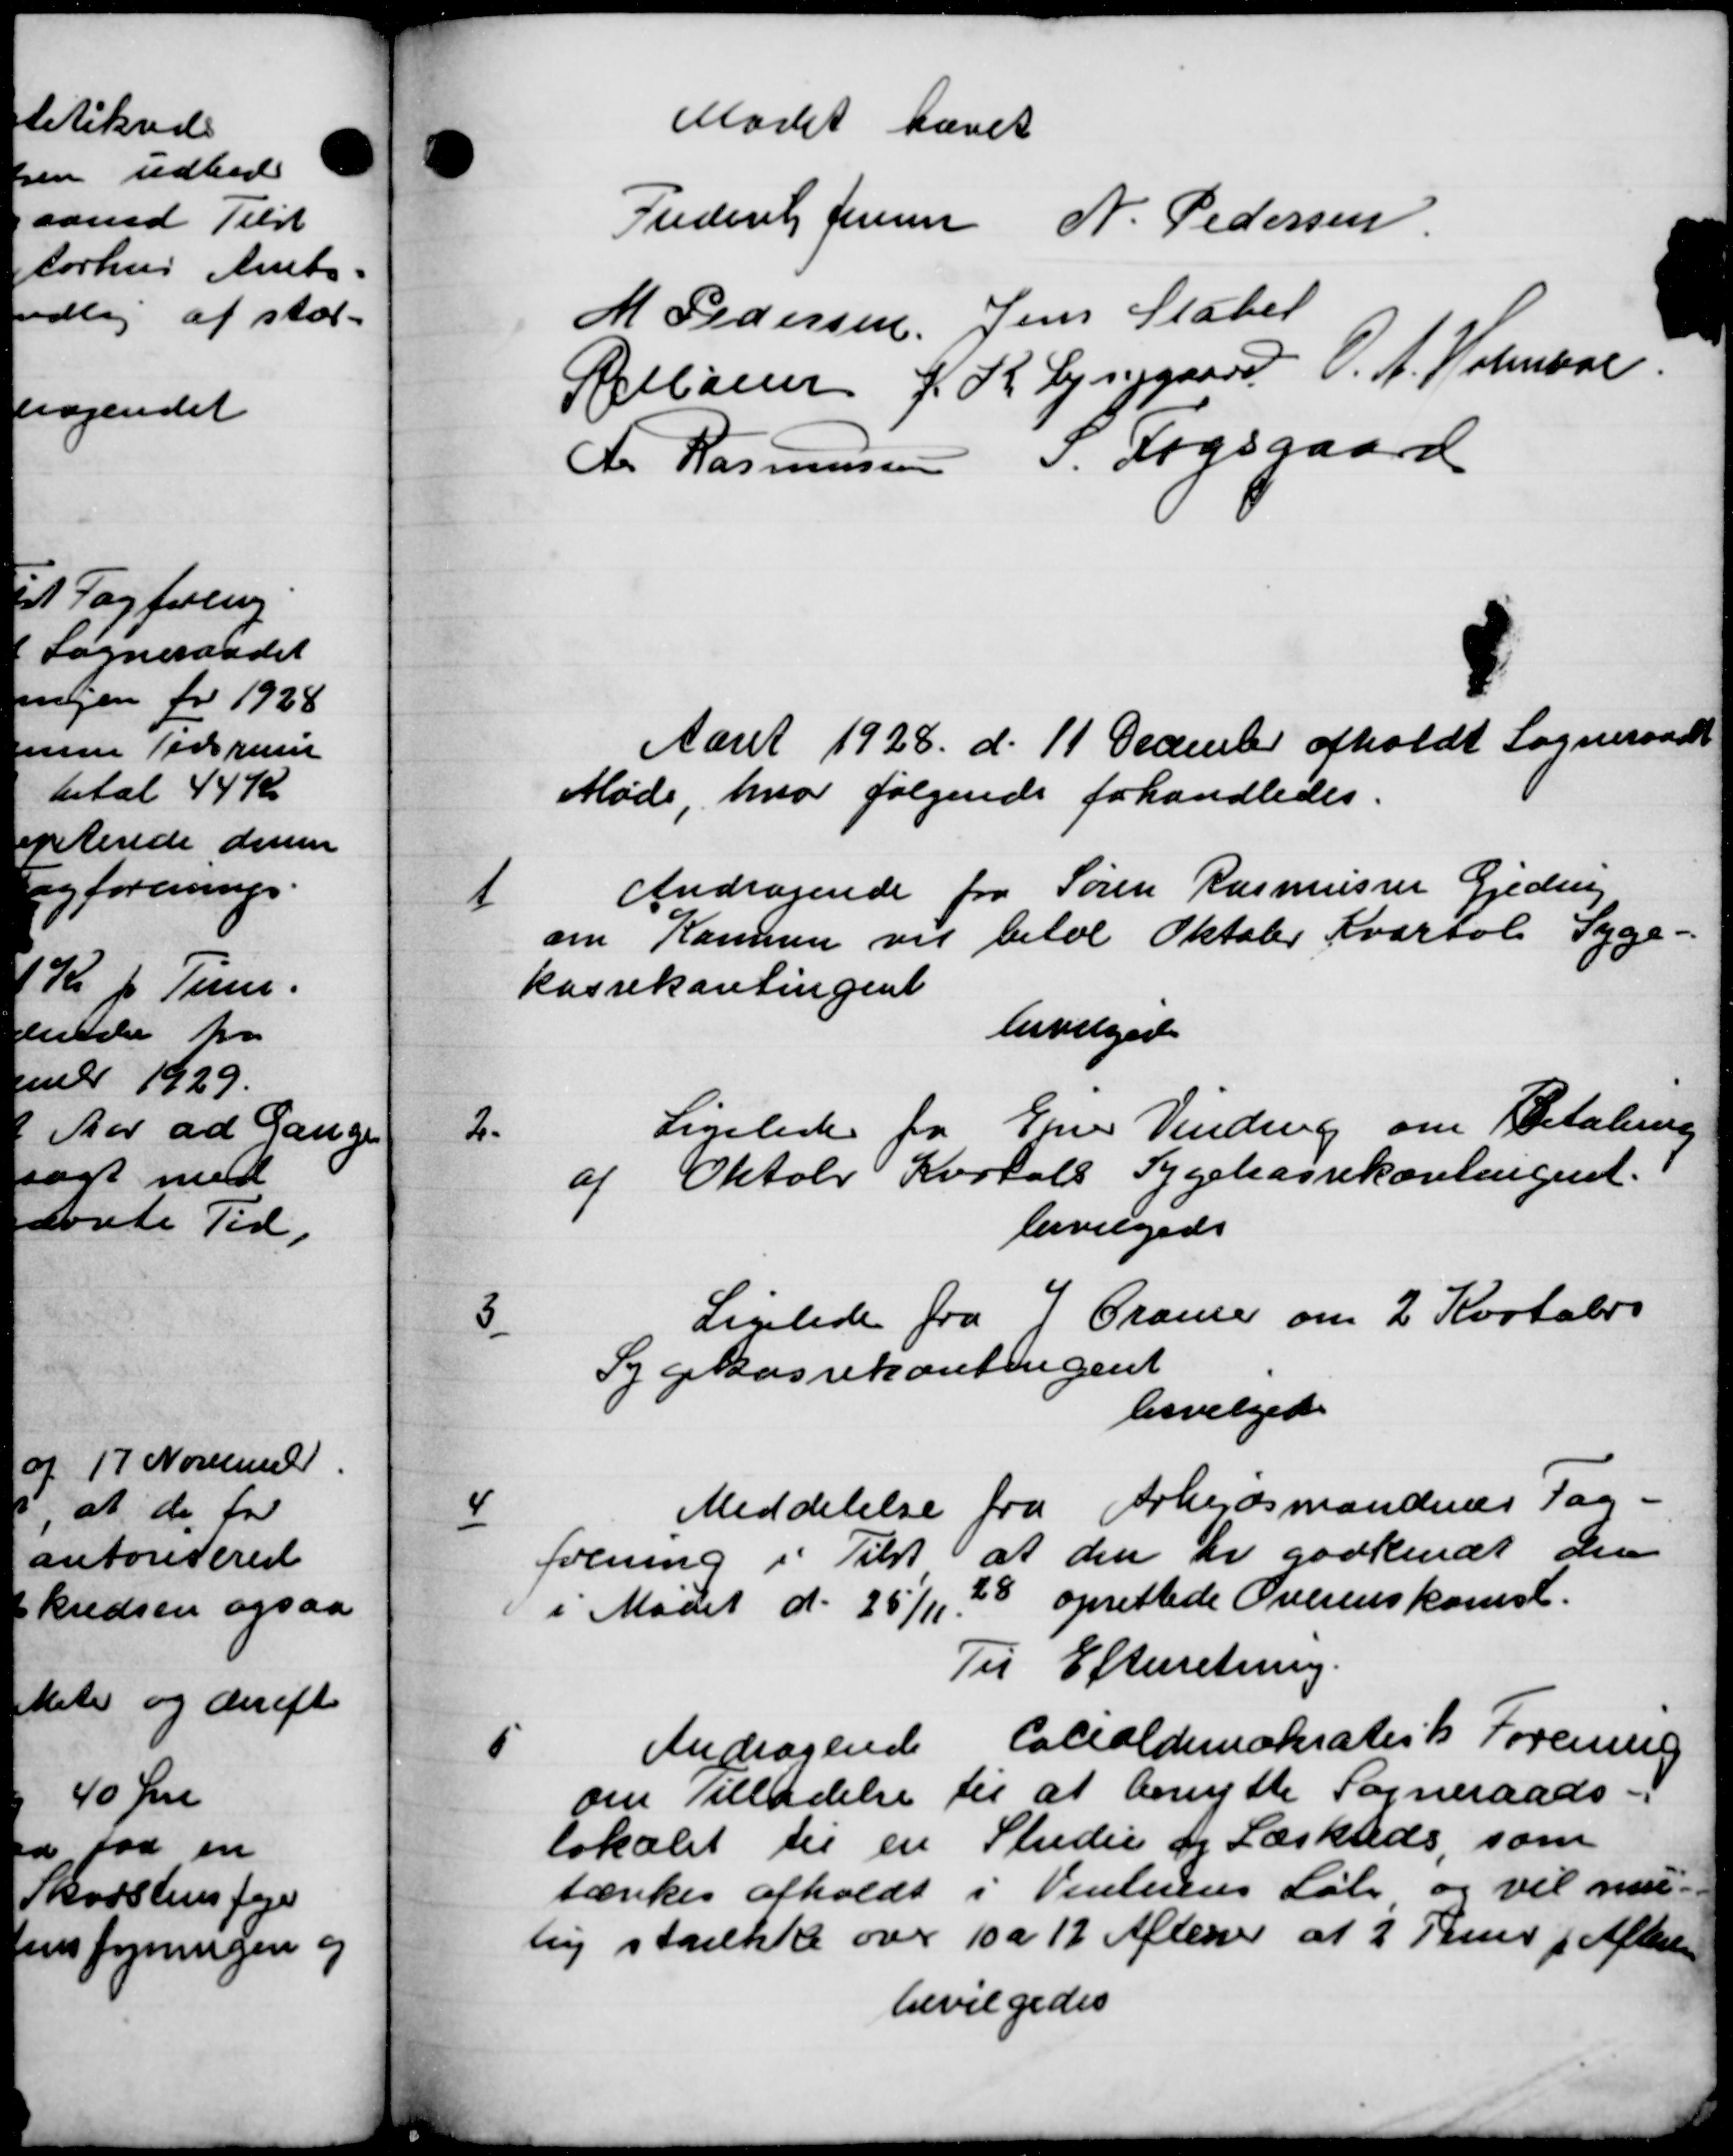
Transskription:
Mødet hævet
Frederik Jensen N. Pedersen
M Pedersen Jens Stater
Pellaner J. K. Lynggaard V. A. Holmaar
A. Rasmussen " Fogsgaard
Aaret 1928 d. 11 December afholdt Sogneraadet
Møde hvor følgende forhandledes.

Andragende fra Søren Rasmussen Gjedring
om Kommu vil betal Oktober Kvartal Syge-
kassekontingent
bevilgede

Ligeledes fra Ejner Vinding om Betaling
af Oktober Kartals Sygekassekontingent.
bevilgede

Liglede fra Grænse om 2 Kortals
Sygekassekontingent
bevilgedes

Meddelelse fra Arbejdsmandenes Sag-
forening i Tilst at den er godkendt den
i Mødet d. 25/11 28 oprettede Overenskomst.
Til Efterretning.

Andragende Cocialdemokratisk Forening
om Tilladelse til at benytte Sogneraads-
lokalet til en Studen og Læskteds, som
tænkes afholdt i Vinterens Løb og vil mu-
lig strække over 10 a 12 Aftener af 2 Tur f Aflede
bevilgedes